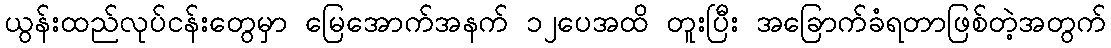
ယွန်းထည်လုပ်ငန်းတွေမှာ မြေအောက်အနက် ၁၂ပေအထိ တူးပြီး အခြောက်ခံရတာဖြစ်တဲ့အတွက်